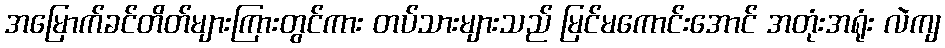
အမြောက်ခင်တိတ်များကြားတွင်ကား တပ်သားများသည် မြင်မကောင်းအောင် အတုံးအရုံး လဲကျ